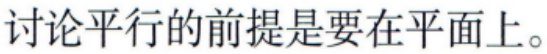
讨论平行的前提是要在平面上。